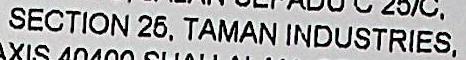
SECTION 25, TAMAN INDUSTRIES.